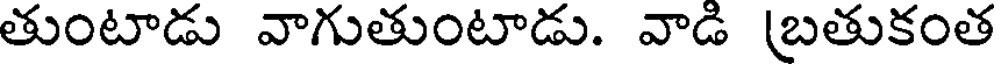
తుంటాడు వాగుతుంటాడు. వాడి (బతుకంత